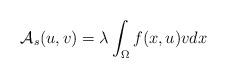
LaTeX: \begin{align*}\mathcal{A}_{s}(u,v) =\lambda\int_\Omega f(x,u)vdx\end{align*}